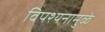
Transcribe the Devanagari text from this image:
विपश्यनामुळे